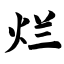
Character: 烂